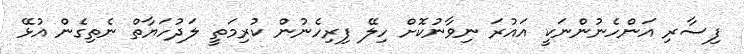
ފިސާރި އަންހެނުންނަކީ އައުރަ ނިވާނުކޮށް ހިލޭ ފިރިހެނުން ކުރިމަތީ ލަދުހަޔާތް ނެތިގެން އުޅޭ